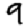
Digit: 9